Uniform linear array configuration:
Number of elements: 24
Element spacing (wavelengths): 0.5
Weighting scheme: cosine
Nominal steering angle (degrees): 45
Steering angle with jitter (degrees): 45.655
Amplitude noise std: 0.05
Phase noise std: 0.05

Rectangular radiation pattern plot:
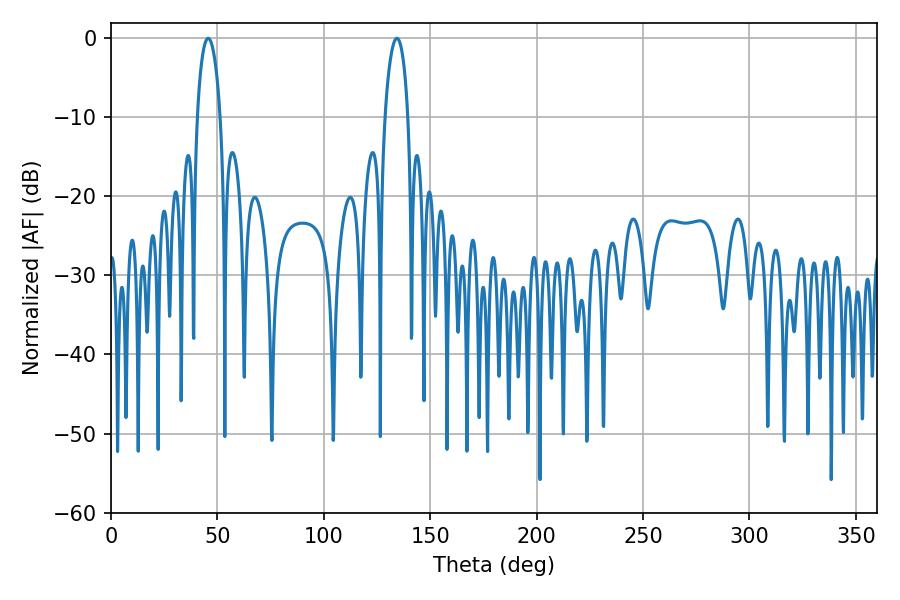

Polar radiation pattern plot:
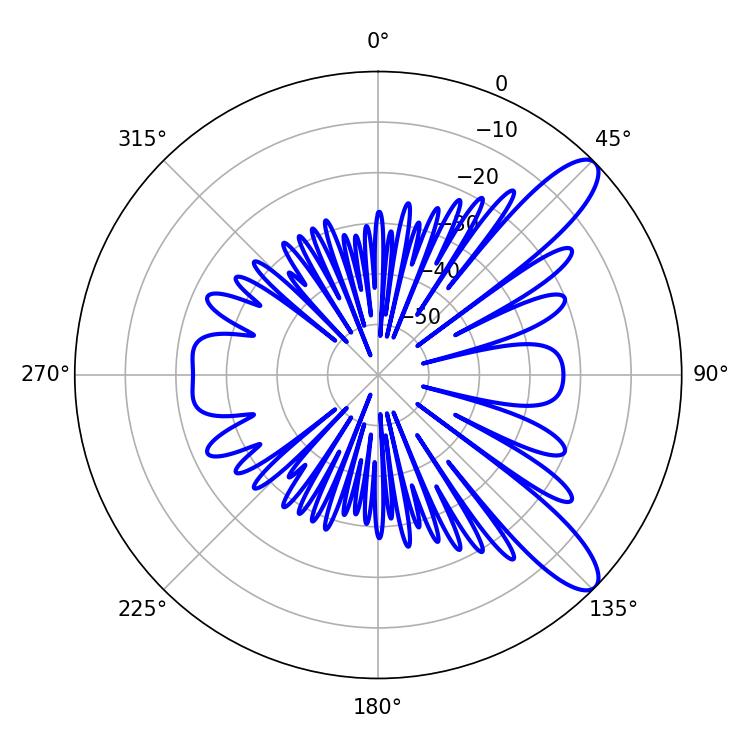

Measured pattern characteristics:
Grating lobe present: FALSE
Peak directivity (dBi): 10.731
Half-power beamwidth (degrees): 6.12
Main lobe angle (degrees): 45.72